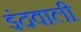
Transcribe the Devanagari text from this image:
इंदवाली